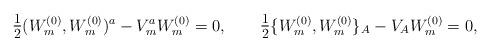
LaTeX: \begin{align*}\hbox{\large $\frac{1}{2}$} ( W^{(0)}_m, W^{(0)}_m)^a - V_m^a W^{(0)}_m = 0,\qquad\hbox{\large $\frac{1}{2}$} \{ W^{(0)}_m, W^{(0)}_m \}_A - V_A W^{(0)}_m = 0,\end{align*}